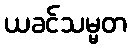
ယခင်သမ္မတ